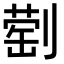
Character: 𫦕